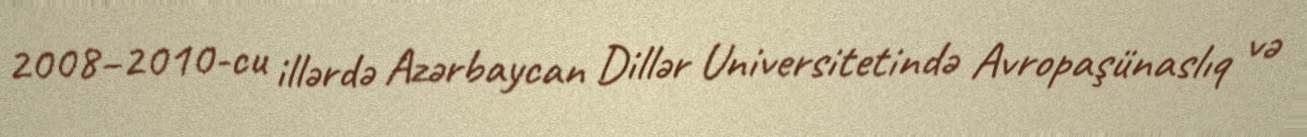
2008–2010-cu illərdə Azərbaycan Dillər Universitetində Avropaşünaslıq və